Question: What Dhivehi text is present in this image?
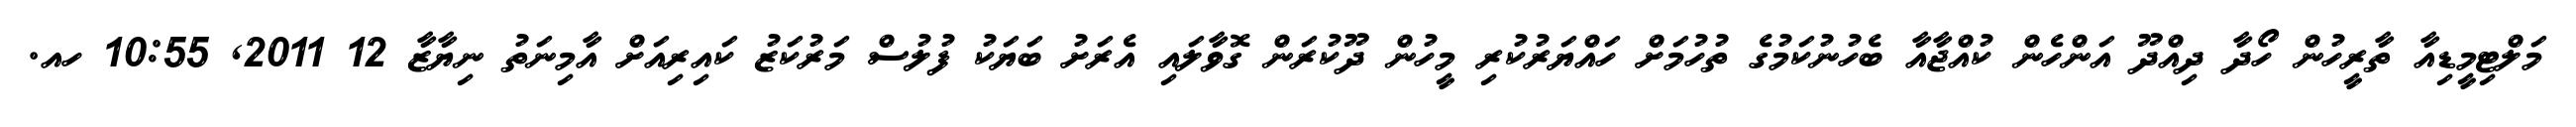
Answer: މަލްޓިމީޑިއާ ތާރީހުން ހޯދާ ދިއްދޫ އަންހެން ކުއްޖާއާ ބެހުނުކަމުގެ ތުހުމަށް ހައްޔަރުކުރި މީހުން ދޫކުރަން ގޮވާލައި އެރަށު ބަޔަކު ފުލުސް މަރުކަޒު ކައިރިއަށް އާމިނަތު ނިޔާޒާ 12 2011, 10:55 ހއ.